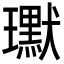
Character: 𭺍